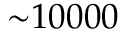
{ \sim } 1 0 0 0 0